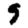
Digit: 9